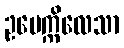
ဥပေက္ကိလေသာ